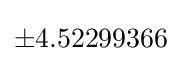
\pm 4.52299366